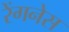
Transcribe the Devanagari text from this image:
रेंगनेस